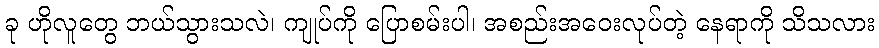
ခု ဟိုလူတွေ ဘယ်သွားသလဲ၊ ကျုပ်ကို ပြောစမ်းပါ၊ အစည်းအဝေးလုပ်တဲ့ နေရာကို သိသလား